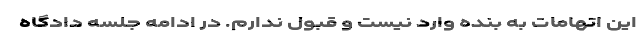
این اتهامات به بنده وارد نیست و قبول ندارم. در ادامه جلسه دادگاه